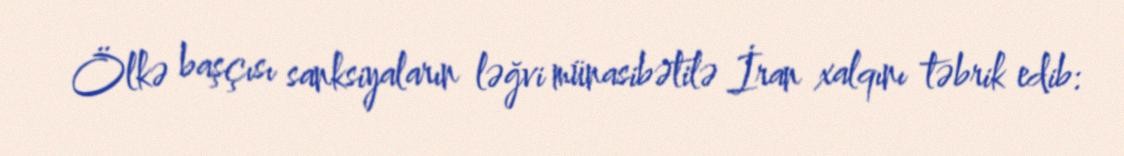
Ölkə başçısı sanksiyaların ləğvi münasibətilə İran xalqını təbrik edib: